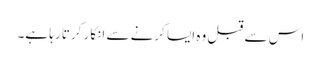
اس سے قبل وہ ایسا کرنے سے انکار کرتا رہا ہے۔